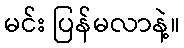
မင်း ပြန်မလာနဲ့။